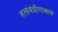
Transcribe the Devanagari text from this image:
सत्संबंधीशास्त्राचे